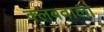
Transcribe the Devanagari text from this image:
क्लबवाला